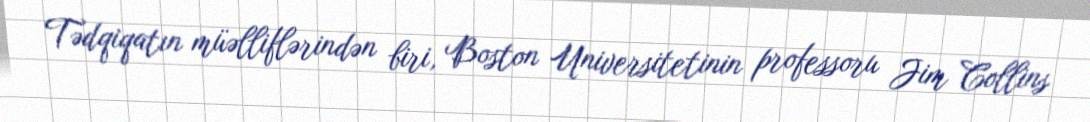
Tədqiqatın müəlliflərindən biri, Boston Universitetinin professoru Jim Collins